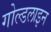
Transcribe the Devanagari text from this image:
गोल्डलाइन